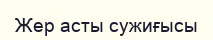
Жер асты сужиғысы